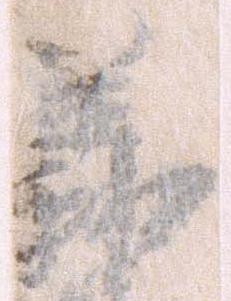
義